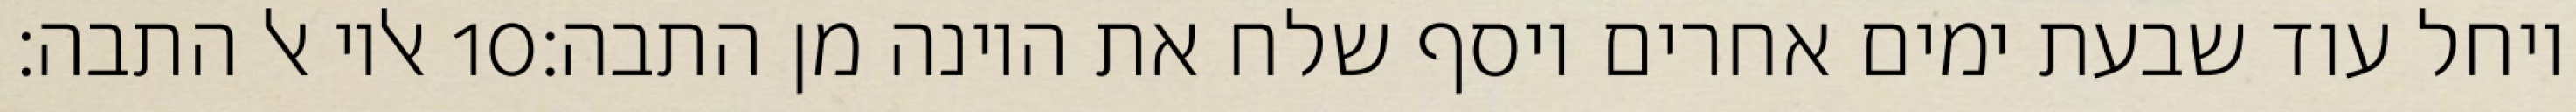
אליו אל התבה׃ ‎10‏ ויחל עוד שבעת ימים אחרים ויסף שלח את היונה מן התבה׃